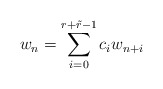
\begin{align*}w_n=\sum_{i=0}^{r+\tilde{r}-1}c_iw_{n+i}\end{align*}